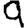
Digit: 9